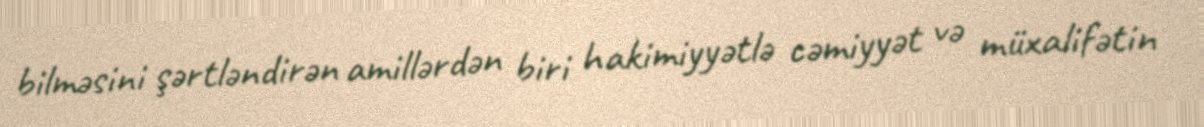
bilməsini şərtləndirən amillərdən biri hakimiyyətlə cəmiyyət və müxalifətin